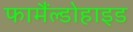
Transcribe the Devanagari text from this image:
फामैंल्डोहाइड